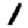
Digit: 1